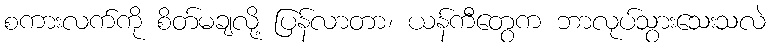
စကားလက်ကို စိတ်မချလို့ ပြန်လာတာ၊ ယန်ကီတွေက ဘာလုပ်သွားသေးသလဲ